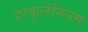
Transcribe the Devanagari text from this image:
हरकुलेनियम